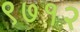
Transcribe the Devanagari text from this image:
९७१२